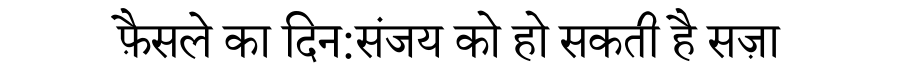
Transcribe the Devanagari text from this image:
फ़ैसले का दिन:संजय को हो सकती है सज़ा